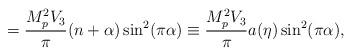
LaTeX: \begin{align*}=\frac{M_p^2 V_3}{\pi}(n+\alpha)\sin^{2}(\pi\alpha)\equiv\frac{M_p^2 V_3}{\pi}a(\eta)\sin^2(\pi\alpha) ,\end{align*}